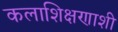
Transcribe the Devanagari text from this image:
कलाशिक्षणाशी